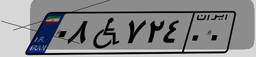
۳۰W۶۶۰۵۸